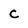
Character: c